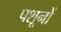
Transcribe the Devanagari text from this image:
पशूनों